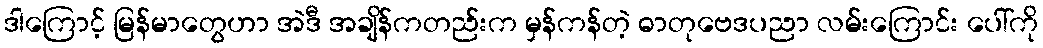
ဒါကြောင့် မြန်မာတွေဟာ အဲဒီ အချိန်ကတည်းက မှန်ကန်တဲ့ ဓာတုဗေဒပညာ လမ်းကြောင်း ပေါ်ကို